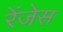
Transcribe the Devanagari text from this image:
रेंजेस